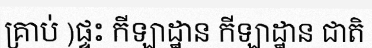
គ្រាប់ )ផ្ទះ កីឡាដ្ឋាន កីឡាដ្ឋាន ជាតិ